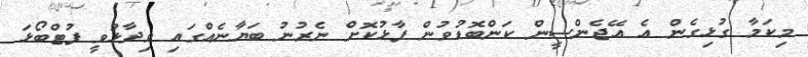
މިކަމާ ގުޅިގެން އެ އޭޖެންސީން ކަންބޮޑުވުން ފާޅުކޮށް ނެރުނު ބަޔާނެއްގައި ވިދާޅުވީ ފުޓްބޯޅަ